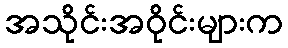
အသိုင်းအဝိုင်းများက